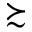
\succsim